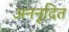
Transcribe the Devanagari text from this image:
अननूदित